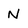
Character: N